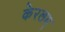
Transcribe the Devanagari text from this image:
केरलम्